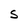
Character: S